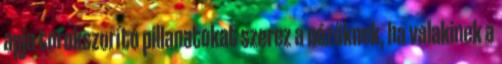
apja torokszorító pillanatokat szerez a nézőknek, ha valakinek a